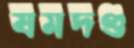
যমদণ্ড